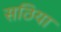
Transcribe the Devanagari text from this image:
सठिया